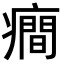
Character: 癎